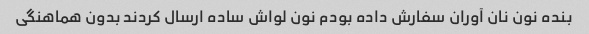
بنده نون نان آوران سفارش داده بودم نون لواش ساده ارسال کردند بدون هماهنگی